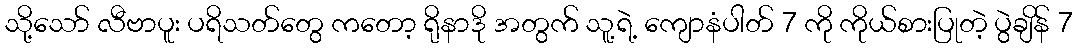
သို့သော် လီဗာပူး ပရိသတ်တွေ ကတော့ ရိုနာဒို အတွက် သူ့ရဲ့ ကျောနံပါတ် 7 ကို ကိုယ်စားပြုတဲ့ ပွဲချိန် 7